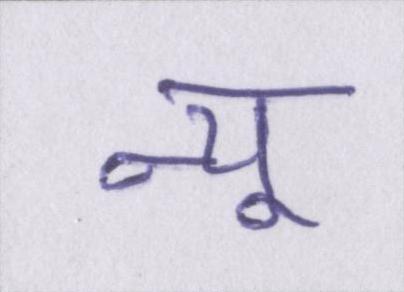
न्यू